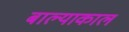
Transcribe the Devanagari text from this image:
बाल्याकाल